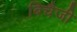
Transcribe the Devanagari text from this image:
बिचैजी